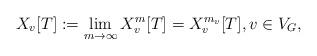
LaTeX: \begin{align*}X_v[T] := \lim_{m\to\infty} X^{m}_v[T] = X^{m_v}_v[T], v \in V_G,\end{align*}